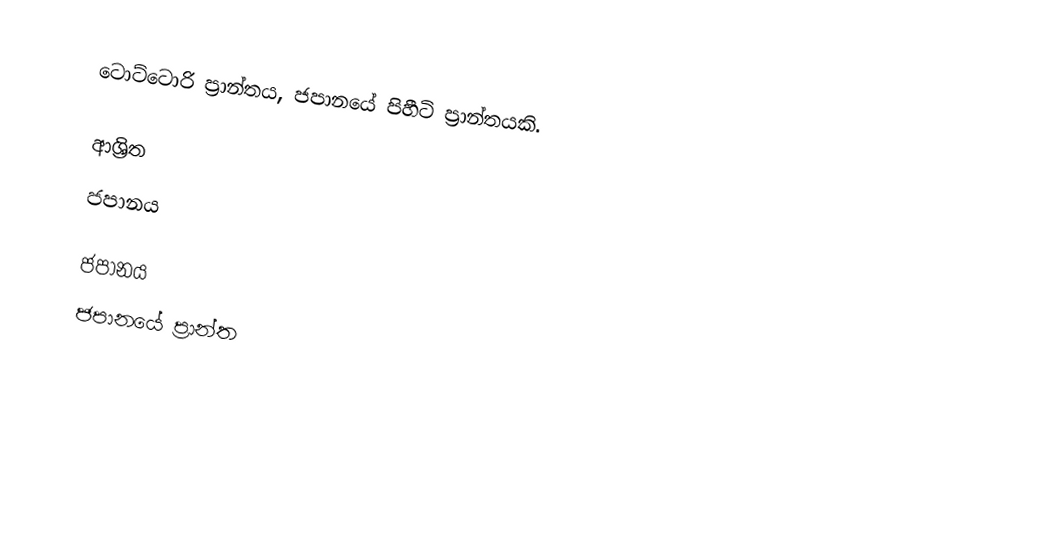
ටොට්ටොරි ප්‍රාන්තය, ජපානයේ පිහීටි ප්‍රාන්තයකි.

ආශ්‍රිත
 ජපානය

ජපානය
ජපානයේ ප්‍රාන්ත